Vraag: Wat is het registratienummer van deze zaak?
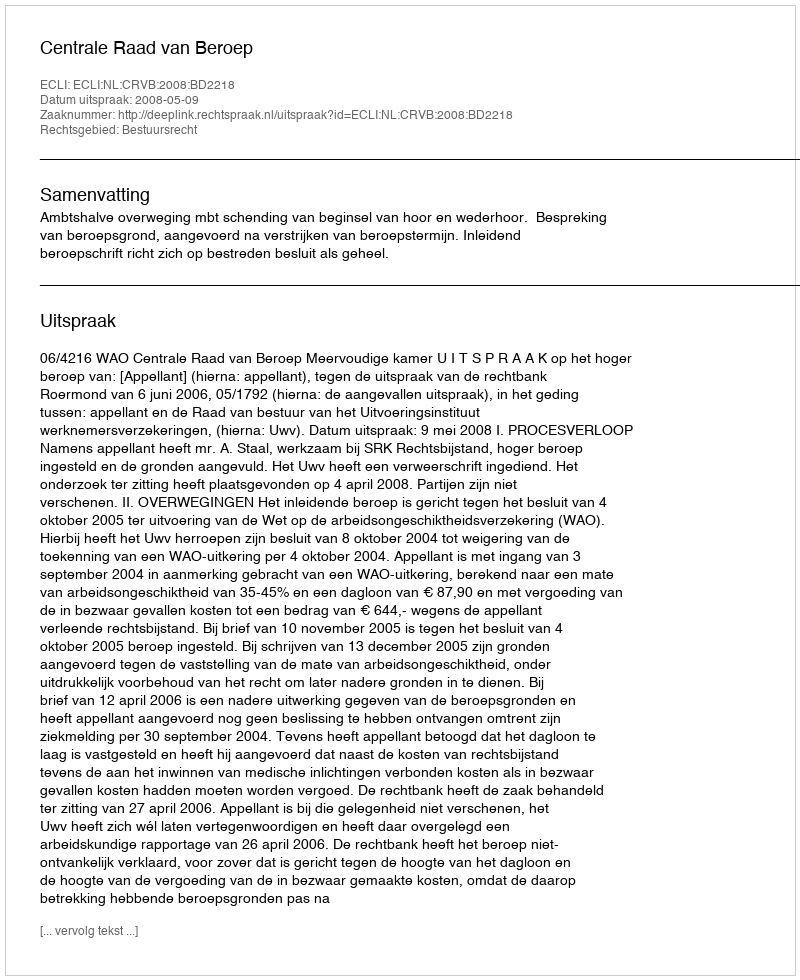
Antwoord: http://deeplink.rechtspraak.nl/uitspraak?id=ECLI:NL:CRVB:2008:BD2218